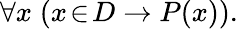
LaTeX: \forall x\; (x\! \in\! D\to P(x)).